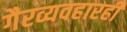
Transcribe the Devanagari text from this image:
गैरव्यवहारही